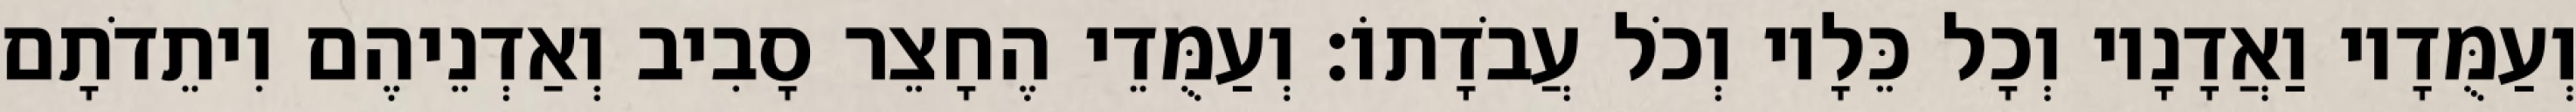
וְעַמֻּדָיו וַאֲדָנָיו וְכָל כֵּלָיו וְכֹל עֲבֹדָתוֹ׃ וְעַמֻּדֵי הֶחָצֵר סָבִיב וְאַדְנֵיהֶם וִיתֵדֹתָם